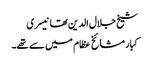
شیخ جلال الدین تھانیسری
کبار مشائخ عظام میں سے تھے۔